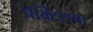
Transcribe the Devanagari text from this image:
प्रॅक्‍टिसचा